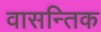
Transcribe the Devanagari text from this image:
वासन्तिक